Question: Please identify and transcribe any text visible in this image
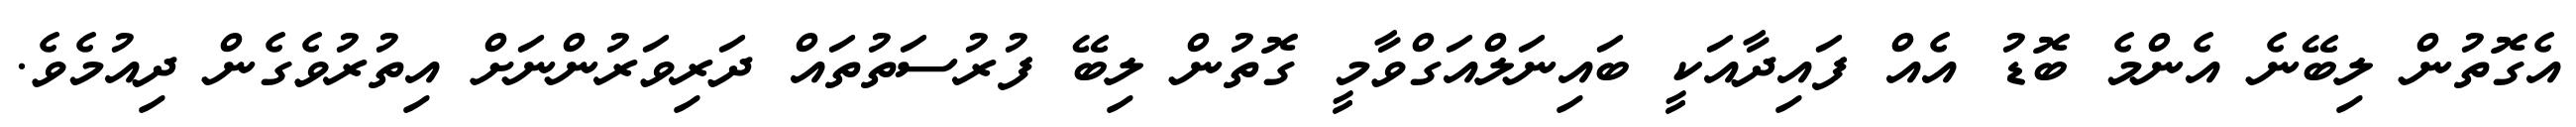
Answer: އެގޮތުން ލިބޭނެ އެންމެ ބޮޑު އެއް ފައިދާއަކީ ބައިނަލްއަގްވާމީ ގޮތުން ލިބޭ ފުރުސަތުތައް ދަރިވަރުންނަށް އިތުރުވެގެން ދިއުމެވެ.